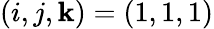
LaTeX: (i,j,\mathbf{k})=(1,1,1)